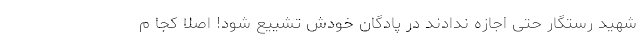
شهید رستگار حتی اجازه ندادند در پادگان خودش تشییع شود! اصلا کجا م